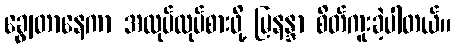
ချွေတာနေကာ အလုပ်လုပ်စားဖို့ မြနန္ဒာ စိတ်ကူးခဲ့ပါတယ်။